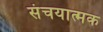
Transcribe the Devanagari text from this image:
संचयात्मक